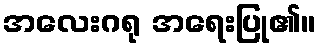
အလေးဂရု အရေးပြု၏။